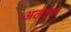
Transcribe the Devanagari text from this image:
अलापा